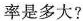
率是多大?